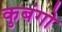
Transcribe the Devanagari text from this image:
कुबंगो